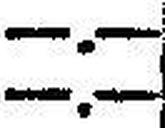
—.—